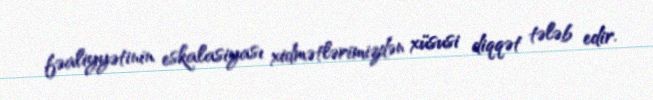
fəaliyyətinin eskalasiyası xidmətlərimizdən xüsusi diqqət tələb edir.